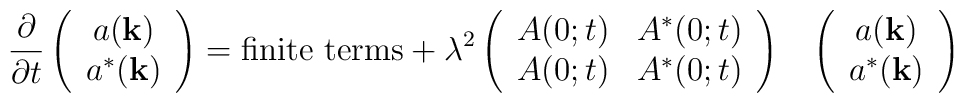
\frac{\partial}{\partial t} \left( \begin{array}{c}                                     a({\bf k}) \\                                    a^*({\bf k})                                    \end{array} \right) = \mbox{\cal finite terms} + \lambda^2 \left( \begin{array}{cc}                           A(0;t)  &   A^*(0;t) \\                            A(0;t)  &   A^*(0;t) \\                           \end{array} \right)   \                               \;\;   \left( \begin{array}{c}                                      a({\bf k}) \\                                     a^*({\bf k})                                     \end{array} \right)